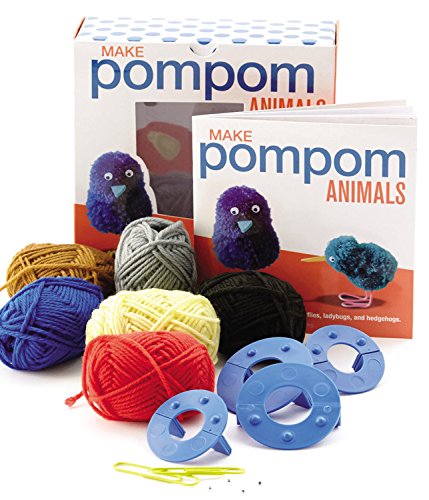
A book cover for Make Pompom Animals: Creative Craft Kit-Includes yarn, templates, and instructions for making birds, butterflies, ladybugs, and hedgehogs. - Featuring a 16-page book with instructions and ideas; Crafts, Hobbies & Home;